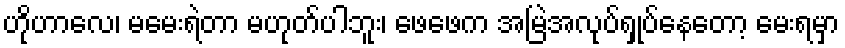
ဟိုဟာလေ၊ မမေးရဲတာ မဟုတ်ပါဘူး၊ ဖေဖေက အမြဲအလုပ်ရှုပ်နေတော့ မေးရမှာ